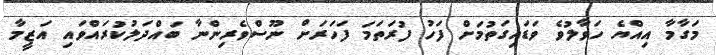
މަގާމާ އިއްޔެ ހަވާލުވެ ވަޑައިގަތުމަށް ފަހު ފުރަތަމަ ފަހަރަށް ނޫސްވެރިންނާ ބައްދަލުކުރައްވައި އަޒީމާ